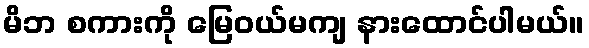
မိဘ စကားကို မြေဝယ်မကျ နားထောင်ပါမယ်။